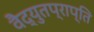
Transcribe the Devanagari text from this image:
वैद्युतप्राप्ति